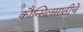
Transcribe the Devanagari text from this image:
कौन्सिलसाठीचे